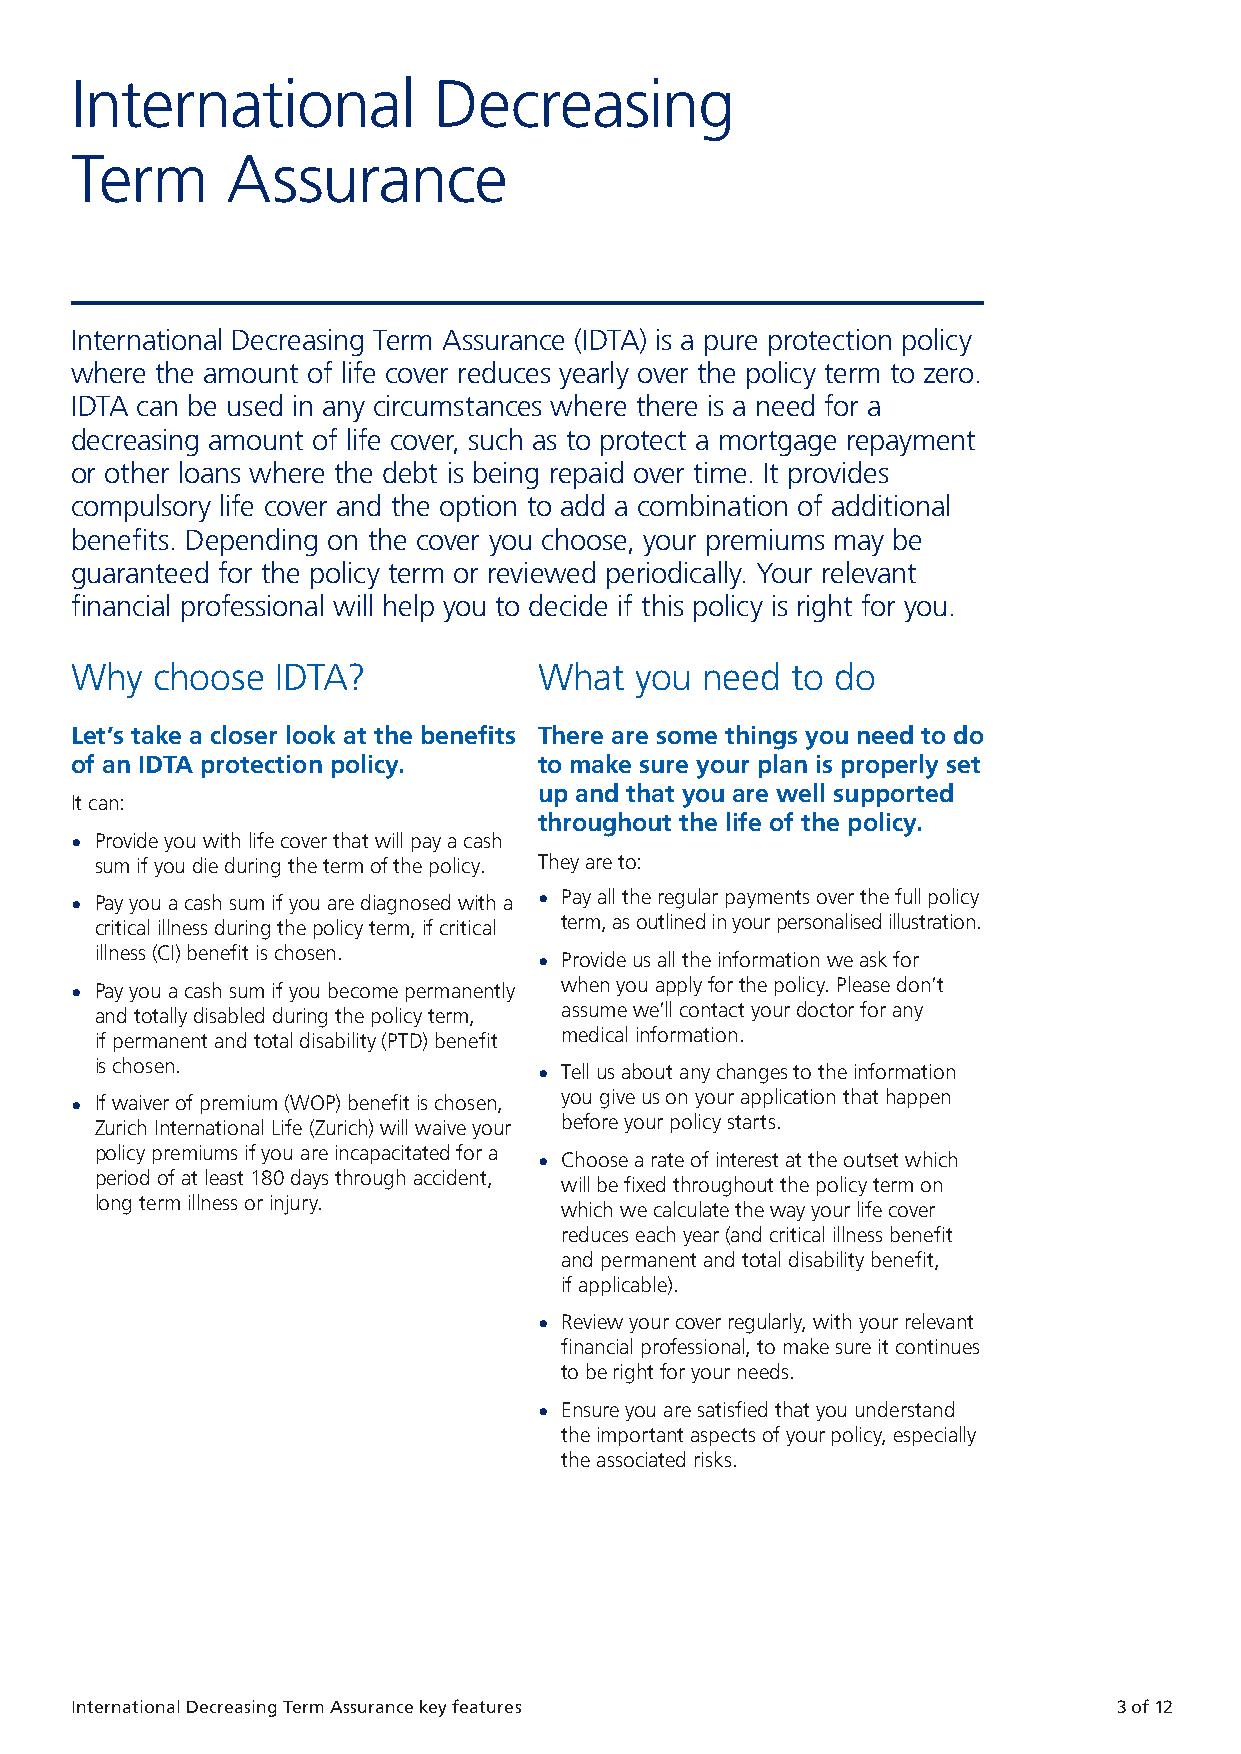
International           Decreasing
 Contents Term  Assurance
 International Decreasing Term Assurance 3
 International Decreasing Term Assurance (IDTA) is a pure protection policy
 Why choose IDTA? 3 where the amount of life cover reduces yearly over the policy term to zero.
 IDTA can be used in any circumstances where there is a need for a
 What you need to do 3
 decreasing amount of life cover, such as to protect a mortgage repayment
 Understanding the risk factors 4 or other loans where the debt is being repaid over time. It provides
 compulsory life cover and the option to add a combination of additional
 Questions and answers 5 benefits. Depending on the cover you choose, your premiums may be
 guaranteed for the policy term or reviewed periodically. Your relevant
 After your policy starts 9
 financial professional will help you to decide if this policy is right for you.
 Cancelling your policy or making a claim 10
 Why  choose  IDTA?             What  you need  to do
 How to contact us 11
 Let’s take a closer look at the benefits There are some things you need to do
 of an IDTA protection policy.  to make sure your plan is properly set
 up and that you are well supported
 It can:
 throughout the life of the policy.
 • Provide you with life cover that will pay a cash
 sum if you die during the term of the policy. They are to:
 • Pay you a cash sum if you are diagnosed with a • Pay all the regular payments over the full policy
 term, as outlined in your personalised illustration.
 critical illness during the policy term, if critical
 illness (CI) benefit is chosen. • Provide us all the information we ask for
 when you apply for the policy. Please don’t
 • Pay you a cash sum if you become permanently
 assume we’ll contact your doctor for any
 and totally disabled during the policy term,
 medical information.
 if permanent and total disability (PTD) benefit
 is chosen.                    • Tell us about any changes to the information
 you give us on your application that happen
 • If waiver of premium (WOP) benefit is chosen,
 before your policy starts.
 Zurich International Life (Zurich) will waive your
 policy premiums if you are incapacitated for a • Choose a rate of interest at the outset which
 period of at least 180 days through accident, will be fixed throughout the policy term on
 long term illness or injury.   which we calculate the way your life cover
 reduces each year (and critical illness benefit
 and permanent and total disability benefit,
 if applicable).
 • Review your cover regularly, with your relevant
 financial professional, to make sure it continues
 to be right for your needs.
 • Ensure you are satisfied that you understand
 the important aspects of your policy, especially
 the associated risks.
 2 of 12 International Decreasing Term Assurance key features International Decreasing Term Assurance key features 3 of 12
 ZZUURR--771177116699000099--MMSSPP1133330044--EENN..iinndddd 33           0055//0011//22002222 1111::0011